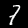
Label: 7